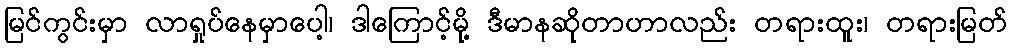
မြင်ကွင်းမှာ လာရှုပ်နေမှာပေါ့၊ ဒါကြောင့်မို့ ဒီမာနဆိုတာဟာလည်း တရားထူး၊ တရားမြတ်